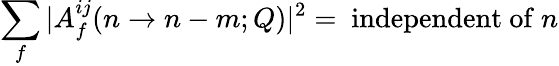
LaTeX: \sum_{f}|A_{f}^{ij}(n\to n-m;Q)|^{2}=\mathrm{~independent~of~}n